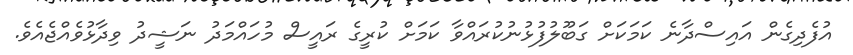
އުފެދިގެން އައިސްދާނެ ކަމަކަށް ގަބޫލުފުޅުނުކުރައްވާ ކަމަށް ކުރީގެ ރައީސް މުހައްމަދު ނަޝީދު ވިދާޅުވެއްޖެއެވެ.